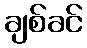
ချစ်ခင်